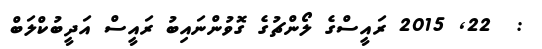
:  22